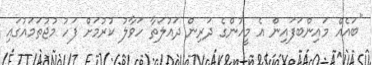
"ބައެއް މައިންބަފައިން އެ މީހުންގެ ދަރިން ދައުލަތާ ހަވާލު ކުރުމަށް ފަހު މުޖުތަމައުގައި